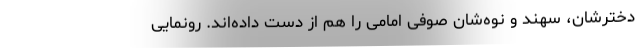
دخترشان، سهند و نوه‌شان صوفی امامی را هم از دست داده‌اند. رونمایی